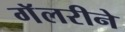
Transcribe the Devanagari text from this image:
गॅलरीने